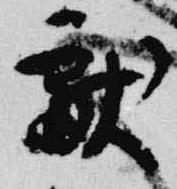
献